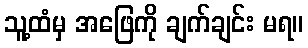
သူ့ထံမှ အဖြေကို ချက်ချင်း မရ။